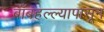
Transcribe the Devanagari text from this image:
बाँबहल्ल्यापासून